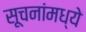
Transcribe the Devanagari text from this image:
सूचनांमध्ये